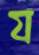
য